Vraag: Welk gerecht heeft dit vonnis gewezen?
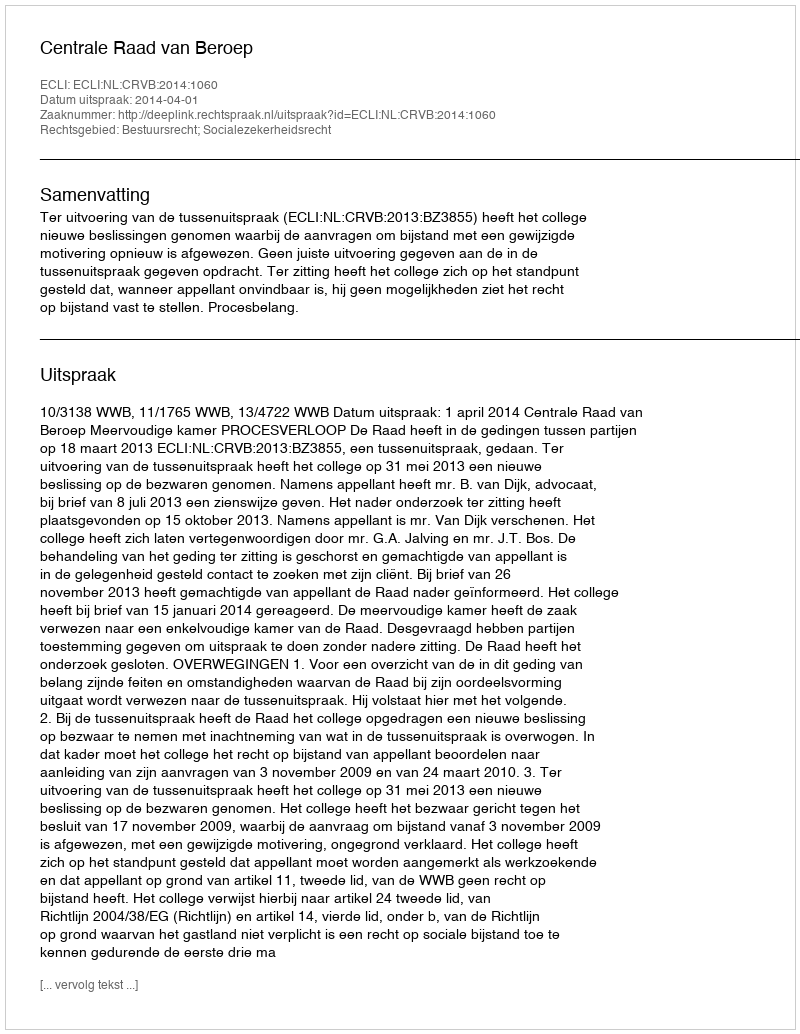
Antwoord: Centrale Raad van Beroep